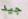
جيد